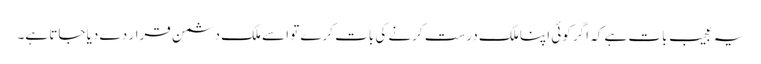
یہ عجیب بات ہے کہ اگر کوئی اپنا ملک درست کرنے کی بات کرے تو اسے ملک دشمن قرار دے دیا جاتا ہے۔